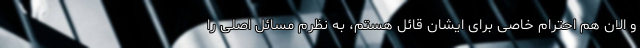
و الان هم احترام خاصی برای ایشان قائل هستم، به نظرم مسائل اصلی را